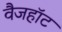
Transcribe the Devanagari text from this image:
वैजहॉट